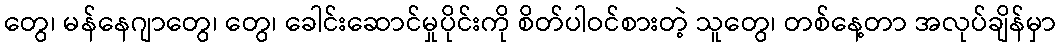
တွေ၊ မန်နေဂျာတွေ၊ တွေ၊ ခေါင်းဆောင်မှုပိုင်းကို စိတ်ပါဝင်စားတဲ့ သူတွေ၊ တစ်နေ့တာ အလုပ်ချိန်မှာ